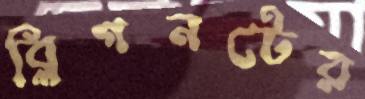
ব্লিগনটের